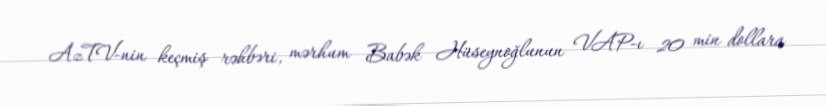
AzTV-nin keçmiş rəhbəri, mərhum Babək Hüseynoğlunun VAP-ı 20 min dollara